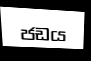
ජඩය